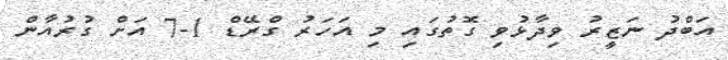
އަބްދު ނަޒީރު ވިދާޅުވި ގޮތުގައި މި އަހަރު ގްރޭޑް 1-7 އަށް ގުރުއާން